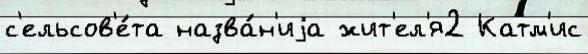
с'ельсов'е́та назва́н'иjа жит'ел'я2 Катм'ис